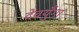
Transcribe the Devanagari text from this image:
देवयुँगा